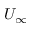
U _ { \infty }